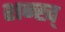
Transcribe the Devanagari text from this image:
शन्ख्